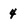
Character: 4